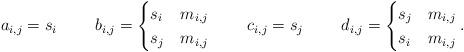
LaTeX: \begin{align*}a_{i,j} &= s_i & b_{i,j} &= \begin{cases}s_i &m_{i,j} \\s_j &m_{i,j} \end{cases}&c_{i,j} &= s_j & d_{i,j} &= \begin{cases}s_j & m_{i,j}\\s_i& m_{i,j}\end{cases}.\end{align*}